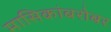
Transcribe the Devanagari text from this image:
मासिकांबरोबर